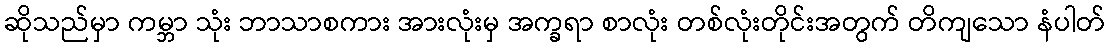
ဆိုသည်မှာ ကမ္ဘာ သုံး ဘာသာစကား အားလုံးမှ အက္ခရာ စာလုံး တစ်လုံးတိုင်းအတွက် တိကျသော နံပါတ်